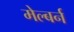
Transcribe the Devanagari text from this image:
मेल्बर्न